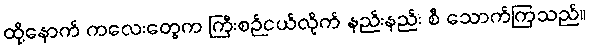
ထို့နောက် ကလေးတွေက ကြီးစဉ်ငယ်လိုက် နည်းနည်း စီ သောက်ကြသည်။